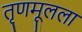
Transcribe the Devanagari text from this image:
तृणमूलला